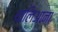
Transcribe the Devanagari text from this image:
थालिआना